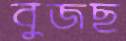
বুজছ